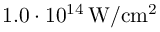
1 . 0 \cdot 1 0 ^ { 1 4 } \, \mathrm { W / c m ^ { 2 } }